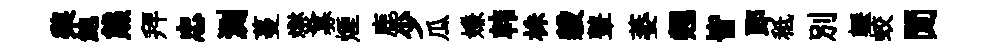
棃鮑熊拜忠測蔓爕募煙鹿少瓜嫌韩株穀鼙萎翹皆郎秪别轣蛟閒